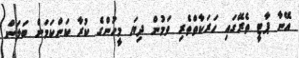
އޭނާ ޕާޓީ ތެރޭގައި ހަރަކާތްތެރި ވަމުން ދިޔަ މީހުންގެ ކުރާ ކަންކަމަށް ބަލަން